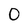
Character: O